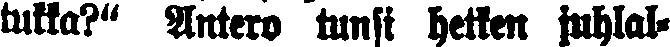
tukka?" Antero tunsi hetken juhlal-